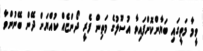
ވީމާ މަތީގައި ބަޔާންކޮށްފައިވާ އުސޫލުގެ މަތިން ފެރީ ދޯންޏެއް ކުއްޔަށް ދޭން ބޭނުންވާ